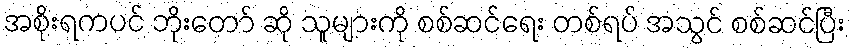
အစိုးရကပင် ဘိုးတော် ဆို သူများကို စစ်ဆင်ရေး တစ်ရပ် အသွင် စစ်ဆင်ပြီး